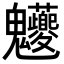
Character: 𩵉